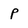
Character: p